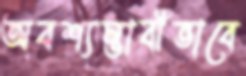
অবশ্যম্ভাবীভাবে